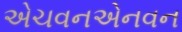
એચવનએનવન